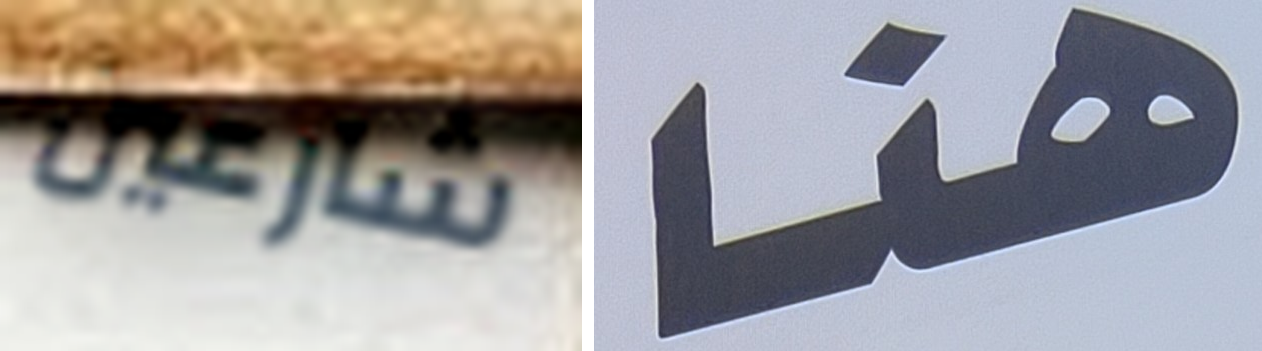
شارعين هنا